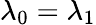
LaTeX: \lambda_{0}=\lambda_{1}